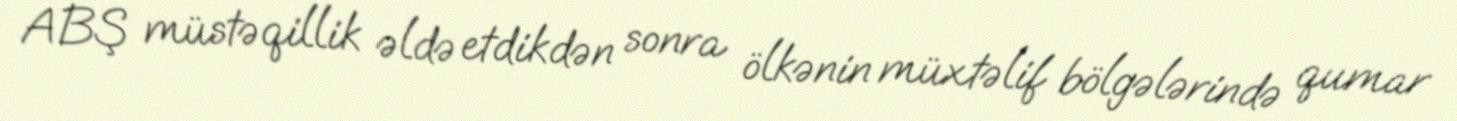
ABŞ müstəqillik əldə etdikdən sonra ölkənin müxtəlif bölgələrində qumar